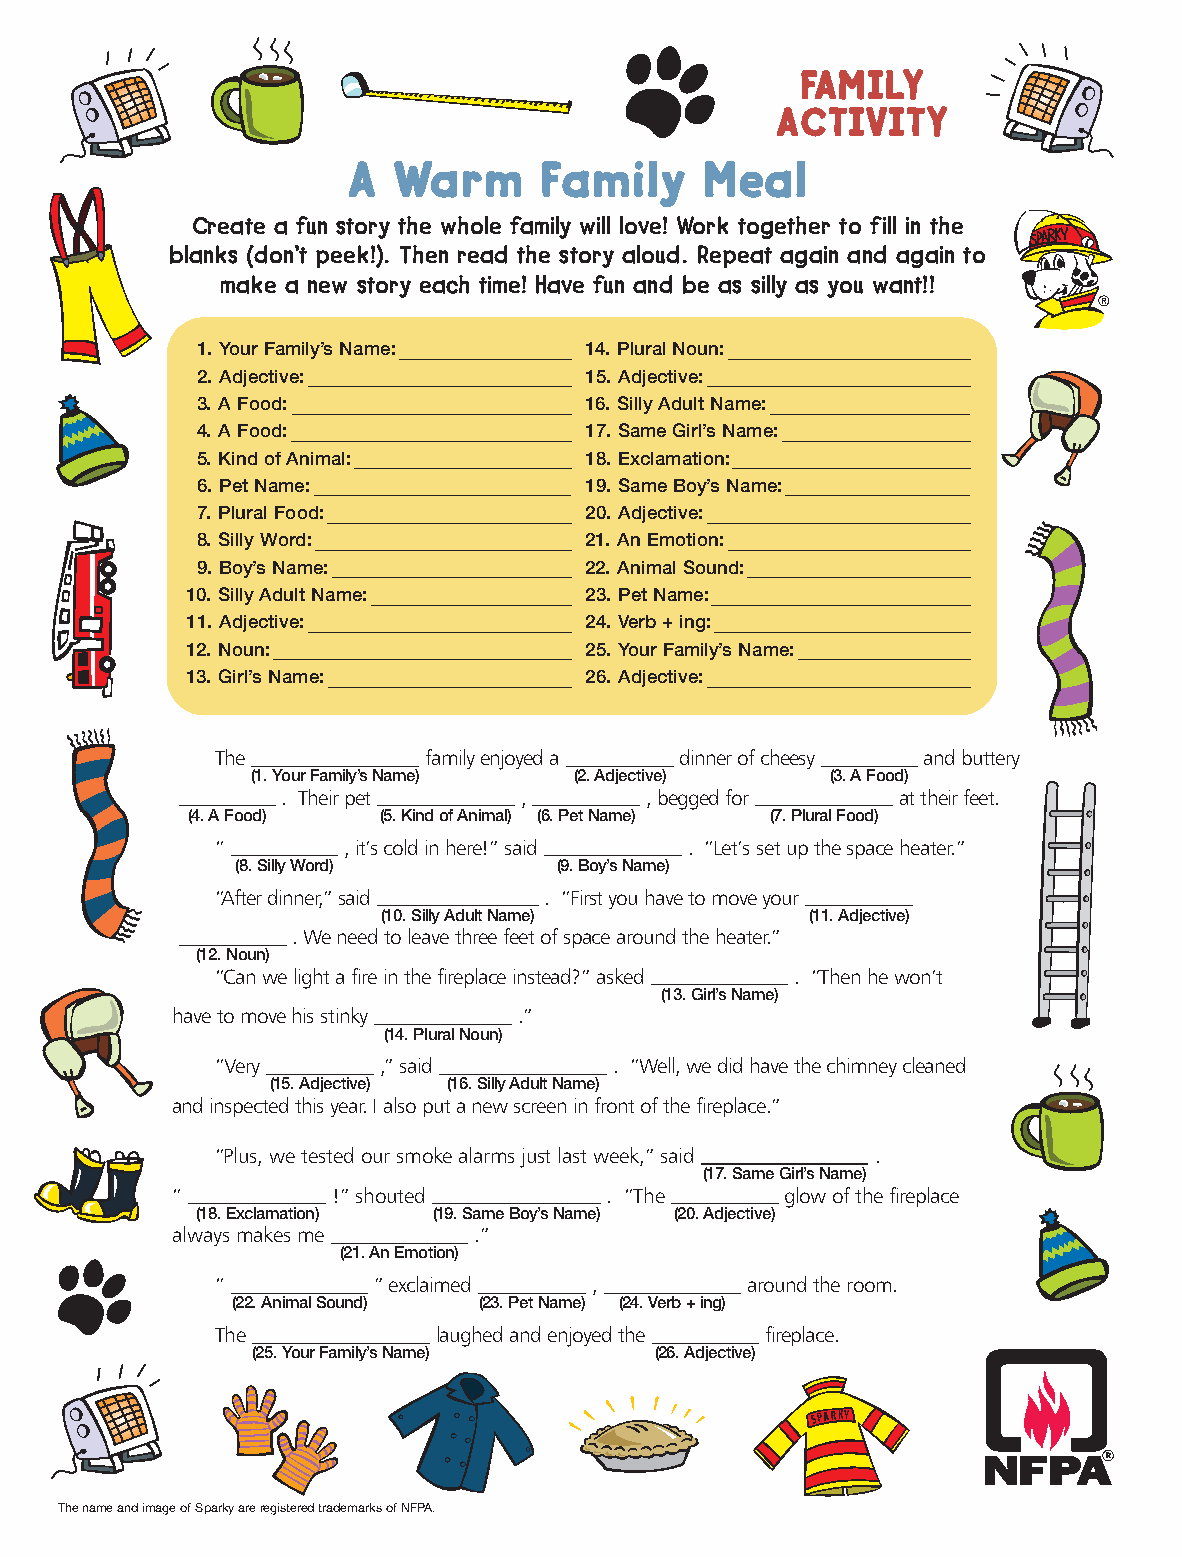
FAMILY
 ACTIVITY
 A  Warm      Family    Meal
 Create a fun story the whole family will love! Work together to fill in the
 blanks (don’t peek!). Then read the story aloud. Repeat again and again to
 make a new story each time! Have fun and be as silly as you want!!
 ®
 1. Your Family’s Name:    14. Plural Noun:
 2. Adjective:             15. Adjective:
 3. A Food:                16. Silly Adult Name:
 4. A Food:                17. Same Girl’s Name:
 5. Kind of Animal:        18. Exclamation:
 6. Pet Name:              19. Same Boy’s Name:
 7. Plural Food:           20. Adjective:
 8. Silly Word:            21. An Emotion:
 9. Boy’s Name:            22. Animal Sound:
 10. Silly Adult Name:      23. Pet Name:
 11. Adjective:             24. Verb + ing:
 12. Noun:                  25. Your Family’s Name:
 13. Girl’s Name:           26. Adjective:
 The           family enjoyed a dinner of cheesy and buttery
 (1. Your Family’sName) (2. Adjective) (3. A Food)
 . Their pet    ,        , begged for    at their feet.
 (4. A Food)  (5. Kind of Animal) (6. Pet Name) (7. Plural Food)
 “        , it’s cold in here!” said . “Let’s set up the space heater.”
 (8. Silly Word)      (9. Boy’s Name)
 “After dinner,” said  . “First you have to move your
 (10. Silly Adult Name)       (11. Adjective)
 .We need to leave three feet of space around the heater.”
 (12. Noun)
 “Can we light a fire in the fireplace instead?” asked . “Then he won’t
 (13. Girl’s Name)
 have to move his stinky .”
 (14. Plural Noun)
 “Very      ,” said         . “Well, we did have the chimney cleaned
 (15. Adjective) (16. Silly Adult Name)
 and inspected this year. I also put a new screen in front of the fireplace.”
 “Plus, we tested our smoke alarms just last week,” said .
 (17. Same Girl’s Name)
 “          !” shouted        . “The      glow of the fireplace
 (18. Exclamation) (19. Same Boy’s Name) (20. Adjective)
 always makes me     .”
 (21. An Emotion)
 “          ” exclaimed   ,         around the room.
 (22. Animal Sound) (23. Pet Name) (24. Verb + ing)
 The            laughed and enjoyed the fireplace.
 (25. Your Family’s Name)  (26. Adjective)
 SPARKY
 The name and image of Sparky areregistered trademarks of NFPA.